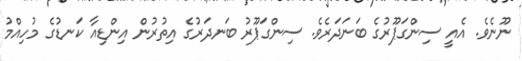
ނޫނެވެ. އެއީ ސިންގަޕޫރުގެ ބަނަދަރެވެ. ސިންގަޕޫރު ބަނދަރުގެ އިތުރުން އިންޑިއާ ކަނޑުގެ މުހިއްމު